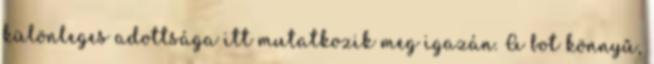
különleges adottsága itt mutatkozik meg igazán. A bot könnyű,